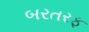
બરતરફ